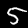
Digit: 5